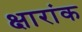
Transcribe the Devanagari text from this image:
क्षारांक